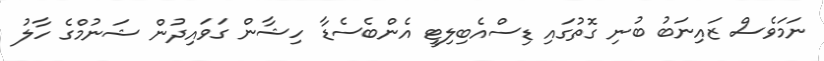
ނަމަވެސް ޒައިނަބު ބުނި ގޮތުގައި ޑިސްއެބިލިޓީ އެންބެސެޑާ ހިޝާން ގަވައިދުން ޝަނުމްގެ ހާލު